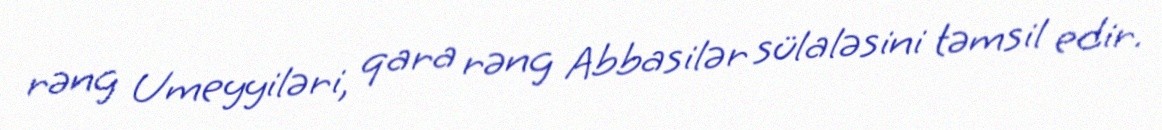
rəng Umeyyiləri, qara rəng Abbasilər sülaləsini təmsil edir.